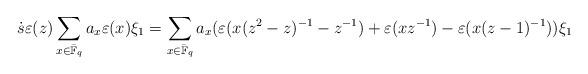
LaTeX: \begin{align*} \dot{s}\varepsilon(z) \sum_{x\in \bar{\mathbb{F}}_q}a_x \varepsilon(x) \xi_1 = \sum_{x\in \bar{\mathbb{F}}_q}a_x( \varepsilon(x(z^2-z)^{-1}-z^{-1})+\varepsilon(xz^{-1})-\varepsilon(x(z-1)^{-1}) )\xi_1\end{align*}